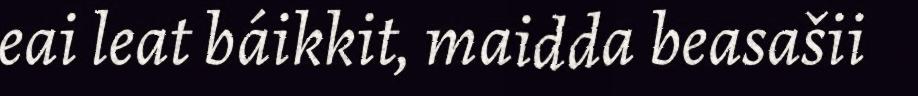
eai leat báikkit, maidda beasašii